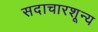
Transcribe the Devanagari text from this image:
सदाचारशून्य